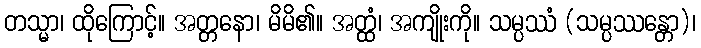
တသ္မာ၊ ထိုကြောင့်။ အတ္တနော၊ မိမိ၏။ အတ္ထံ၊ အကျိုးကို။ သမ္ပဿံ (သမ္ပဿန္တော)၊